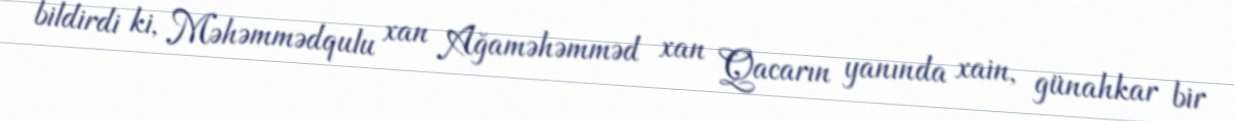
bildirdi ki, Məhəmmədqulu xan Ağaməhəmməd xan Qacarın yanında xain, günahkar bir